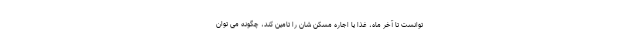
توانست تا آخر ماه، غذا یا اجاره مسکن شان را تامین کند، چگونه می توان